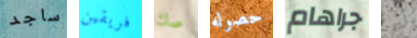
ساجد فريقين صك حصوله جراهام أيها